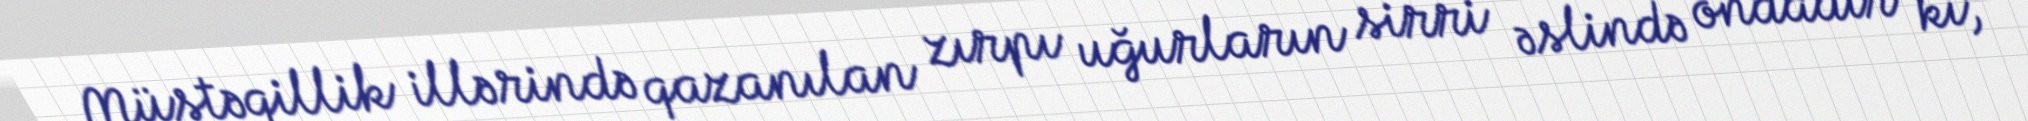
Müstəqillik illərində qazanılan zırpı uğurların sirri əslində ondadır ki,